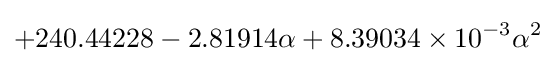
+240.44228-2.81914\alpha +8.39034\times 10^{-3}\alpha ^{2}